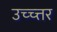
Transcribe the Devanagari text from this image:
उच्च्त्तर